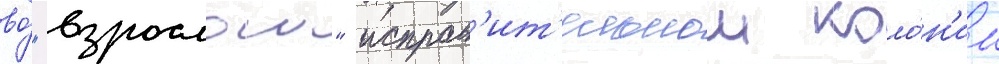
во́ "взрослои" исправ'ит'ельнои коло́н'ии